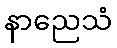
နာညေသံ